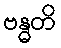
ဗန္ဓတိ